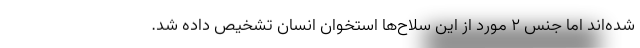
شده‌اند اما جنس ۲ مورد از این سلاح‌ها استخوان انسان تشخیص داده شد.